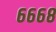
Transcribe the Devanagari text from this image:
६६६८